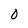
Character: 0